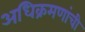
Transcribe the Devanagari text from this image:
अधिक्रमणांची